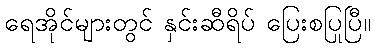
ရေအိုင်များတွင် နှင်းဆီရိပ် ပြေးစပြုပြီ။